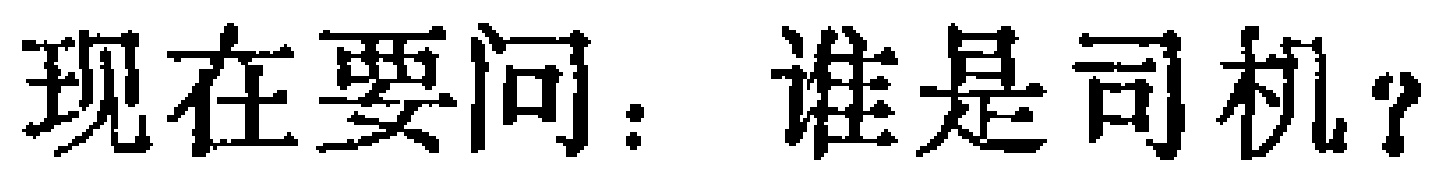
现在要问：谁是司机？